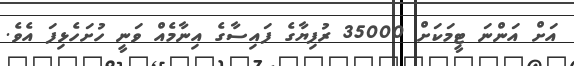
އަށް އަންނަ ޓީމަކަށް 35000 ރުފިޔާގެ ފައިސާގެ އިނާމެއް ވަނީ ހުށަހެޅިފަ އެވެ.